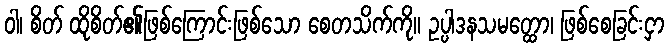
ဝါ၊ စိတ် ထိုစိတ်၏ဖြစ်ကြောင်းဖြစ်သော စေတသိက်ကို။ ဥပ္ပါဒနသမတ္ထော၊ ဖြစ်စေခြင်းငှာ